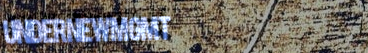
UnderNewMgmt